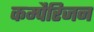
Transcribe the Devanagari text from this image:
कम्पैरिजन